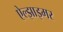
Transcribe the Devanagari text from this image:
ऐल्झाइमर